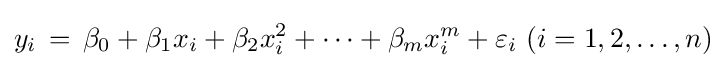
y_{i}\,=\,\beta _{0}+\beta _{1}x_{i}+\beta _{2}x_{i}^{2}+\cdots +\beta _{m}x_{i}^{m}+\varepsilon _{i}\ (i=1,2,\dots ,n)